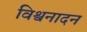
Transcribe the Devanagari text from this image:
विश्वनादन